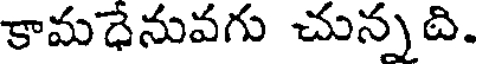
కామధేనువగు చున్నది.